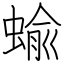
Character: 蝓